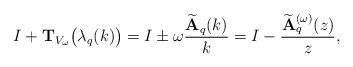
LaTeX: \begin{align*}I + {\bf T}_{V_\omega} \big( \lambda_q(k) \big) = I \pm \omega \frac{{\bf \widetilde A}_q(k)}{k}= I - \frac{{\bf \widetilde A}_q^{(\omega)}(z)}{z},\end{align*}